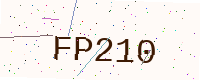
Text: FP210